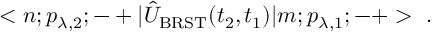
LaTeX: < n ; p _ { \lambda , 2 } ; - + | \hat { U } _ { \mathrm { B R S T } } ( t _ { 2 } , t _ { 1 } ) | m ; p _ { \lambda , 1 } ; - + > \ .